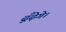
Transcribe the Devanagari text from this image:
ढूँढ़ेगे।